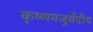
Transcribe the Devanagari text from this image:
कृष्णयजुर्वेदीय